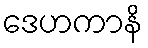
ဒေဟကာနိ